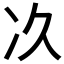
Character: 𠖮